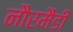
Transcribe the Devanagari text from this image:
नौरमैंडी